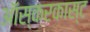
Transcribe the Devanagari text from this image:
ऑस्करकास्ट